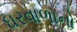
ઘરવાળાનો